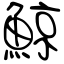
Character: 鯨